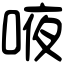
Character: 㖡